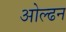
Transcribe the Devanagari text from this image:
ओल्ढन